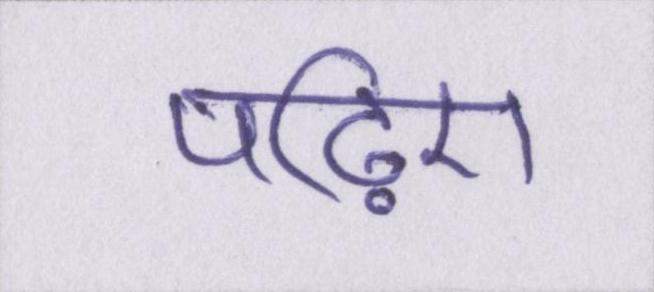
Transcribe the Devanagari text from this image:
पढ़िए